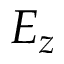
E _ { z }